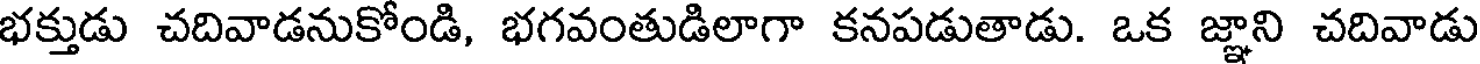
భక్తుడు చదివాడనుకోండి, భగవంతుడిలాగా కనపడుతాడు. ఒక జ్ఞాని చదివాడు